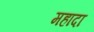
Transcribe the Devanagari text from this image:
महादा